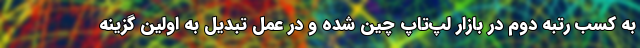
به کسب رتبه دوم در بازار لپ‌تاپ چین شده و در عمل تبدیل به اولین گزینه